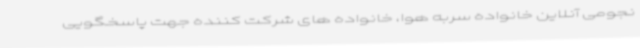
نجومی آنلاین خانواده سربه هوا، خانواده های شرکت کننده جهت پاسخگویی